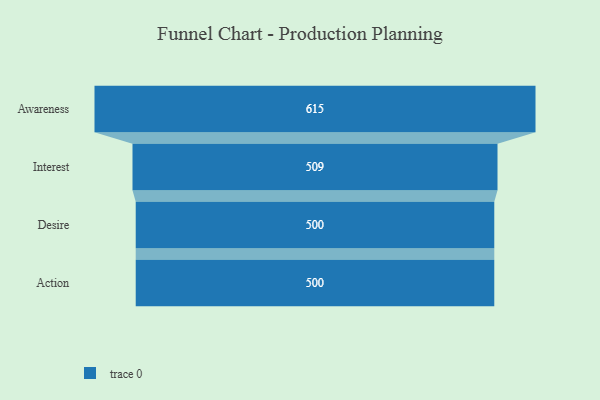
{"axis": {"x": "Stage", "y": "Value"}, "legend": [""], "data": [{"x": "Awareness", "y": 615.0, "type": ""}, {"x": "Interest", "y": 509.0, "type": ""}, {"x": "Desire", "y": 500, "type": ""}, {"x": "Action", "y": 500, "type": ""}]}